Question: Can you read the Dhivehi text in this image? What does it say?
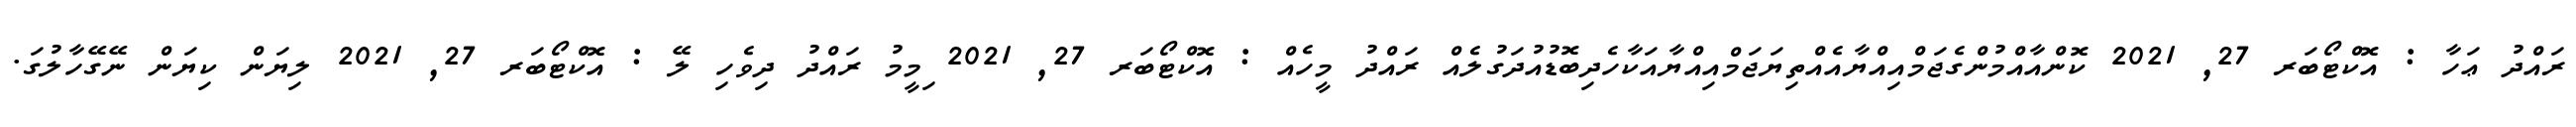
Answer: ރައްދު ޢަހާ : އޮކްޓޯބަރ 27, 2021 ކޮންއާއްމުންގެޖަމްއިއްޔާއެއްތިޔަޖަމްއިއްޔާއަކާހެދިބޮޑުއުދަގުލެއް ރައްދު މީހެއް : އޮކްޓޯބަރ 27, 2021 ިމީމު ރައްދު ދިވެހި ލޭ : އޮކްޓޯބަރ 27, 2021 ލިޔަން ކިޔަން ނޭގޭހާލުގަ.